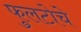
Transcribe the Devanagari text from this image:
फुलटोचे